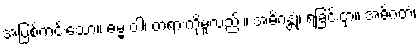
အပြစ်ကင်းသော။ ဓမ္မံ ဝါ၊ တရားကိုမူလည်း။ အဓိဂန္တုံ၊ ရခြင်းငှာ။ အဓိဂတံ၊